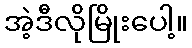
အဲ့ဒီလိုမြိုးပေါ့။